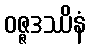
ဝဇ္ဇဒဿိနံ